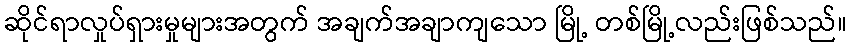
ဆိုင်ရာလှုပ်ရှားမှုများအတွက် အချက်အချာကျသော မြို့ တစ်မြို့လည်းဖြစ်သည်။